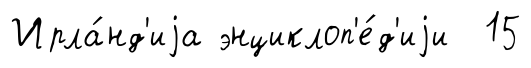
Ирла́нд'иjа энциклоп'е́д'иjи 15